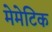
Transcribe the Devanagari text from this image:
मेमेटिक